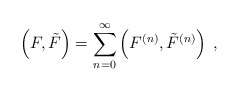
\begin{align*}\left(F,{\tilde F} \right)=\sum\limits_{n=0}^{\infty}\left(F^{(n)},{\tilde F}^{(n)}\right)\;,\end{align*}